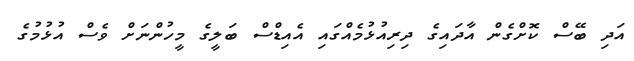
އަދި ބޭސް ކޮށްގެން އާދައިގެ ދިރިއުޅުމެއްގައި އެއިޑްސް ބަލީގެ މީހުންނަށް ވެސް އުޅުމުގެ